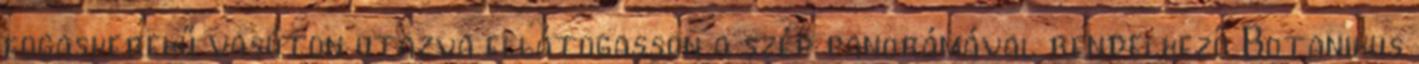
fogaskerekű vasúton utazva ellátogasson a szép panorámával rendelkező Botanikus